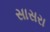
સાસરા